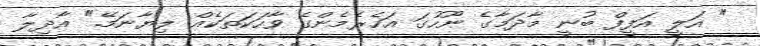
" އަލީ އަފީފް ބުނީ މާދަމާގެ ނޫހުގަ އަހެރެމެންގެ ވާހަކަތަކެއް ލިޔާނަމޭ." އާދިލާ